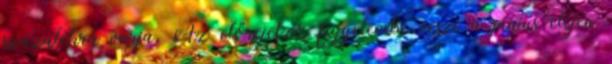
százalékra várja. Az előrejelzés figyelembe veszi a június elején